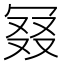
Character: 𠖎